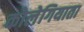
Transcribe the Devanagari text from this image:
कोलेगियाता